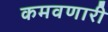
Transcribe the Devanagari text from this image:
कमवणारी